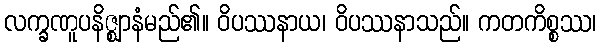
လက္ခဏူပနိဇ္ဈာနံမည်၏။ ဝိပဿနာယ၊ ဝိပဿနာသည်။ ကတကိစ္စဿ၊